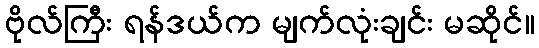
ဗိုလ်ကြီး ရန်ဒယ်က မျက်လုံးချင်း မဆိုင်။